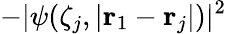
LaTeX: -|\psi(\zeta_{j},|\mathbf{r}_{1}-\mathbf{r}_{j}|)|^{2}